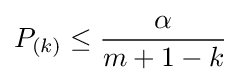
P_{(k)}\leq {\frac {\alpha }{m+1-k}}